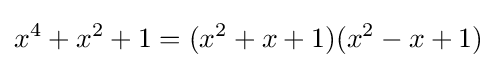
x^{4}+x^{2}+1=(x^{2}+x+1)(x^{2}-x+1)